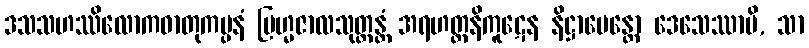
ဒသသဟဿိလောကဓာတုကမ္ပနံ ဗြဟ္မဇာလသုတ္တန္တံ အရဟတ္တနိကူဋေန နိဋ္ဌာပေန္တော ဒေသေဿာမိ, သာ